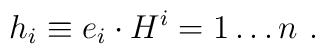
h_i \equiv e_i \cdot H \sp i = 1 \ldots n \ .